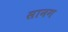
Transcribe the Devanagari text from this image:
सानग